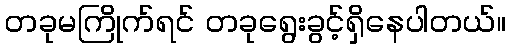
တခုမကြိုက်ရင် တခုရွေးခွင့်ရှိနေပါတယ်။